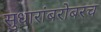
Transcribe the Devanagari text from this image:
सुधारांबरोबरच